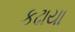
કઢાયા